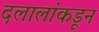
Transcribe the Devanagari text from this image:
दलालांकडून